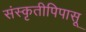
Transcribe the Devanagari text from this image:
संस्कृतीपिपासू